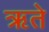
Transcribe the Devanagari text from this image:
ऋते